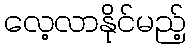
လေ့လာနိုင်မည့်